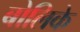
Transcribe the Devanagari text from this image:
बोलिके